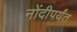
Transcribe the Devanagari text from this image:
नोंदीपर्यंत